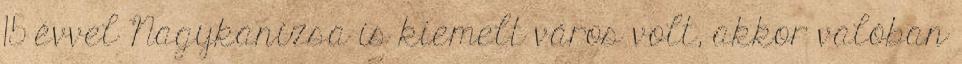
15 évvel Nagykanizsa is kiemelt város volt, akkor valóban